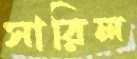
সারিল